Indian journal of veterinary science and animal husbandry - Volume 13,
Year: 1943
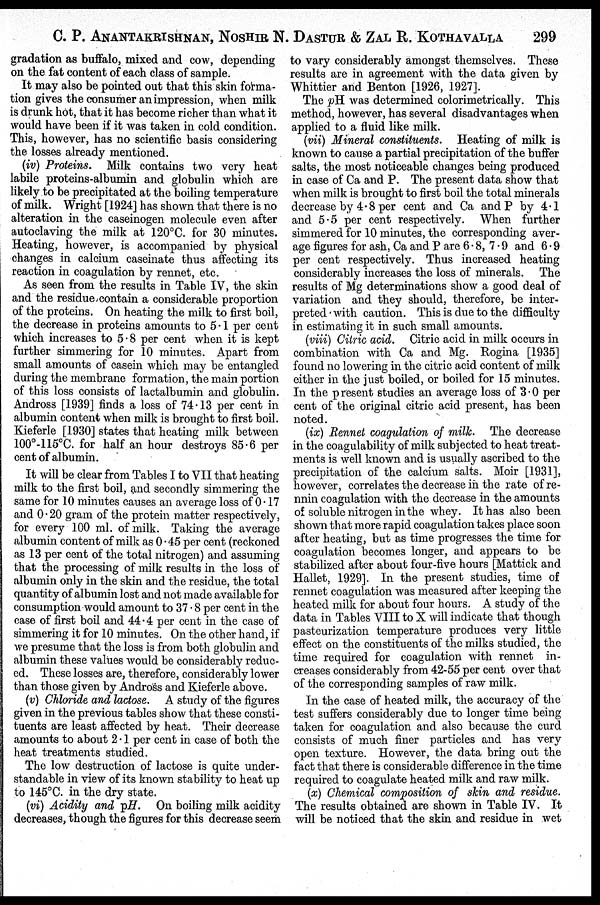
C. P. ANANTAKRISHNAN, NOSHIR N. DASTUR & ZAL R. KOTHAV
gradation as buffalo, mixed and cow, depending
on the fat content of each class of sample.
It may also be pointed out that this skin forma-
tion gives the consumer an impression, when milk
is drunk hot, that it has become richer than what it
would have been if it was taken in cold condition.
This, however, has no scientific basis considering
the losses already mentioned.
(iv) Proteins. Milk contains two very heat
labile proteins-albumin and globulin which are
likely to be precipitated at the boiling temperature
of milk. Wright [1924] has shown that there is no
alteration in the caseinogen molecule even after
autoclaving the milk at 120°C. for 30 minutes.
Heating, however, is accompanied by physical
changes in calcium caseinate thus affecting its
reaction in coagulation by rennet, etc.
As seen from the results in Table IV, the skin
and the residue contain a considerable proportion
of the proteins. On heating the milk to first boil,
the decrease in proteins amounts to 5.1 per cent
which increases to 5.8 per cent when it is kept
further simmering for 10 minutes. Apart from
small amounts of casein which may be entangled
during the membrane formation, the main portion
of this loss consists of lactalbumin and globulin.
Andross [1939] finds a loss of 74.13 per cent in
albumin content when milk is brought to first boil.
Kieferle [1930] states that heating milk between
100°-115°C. for half an hour destroys 85.6 per
cent of albumin.
It will be clear from Tables I to VII that heating
milk to the first boil, and secondly simmering the
same for 10 minutes causes an average loss of 0.17
and 0.20 gram of the protein matter respectively,
for every 100 ml. of milk. Taking the average
albumin content of milk as 0.45 per cent (reckoned
as 13 per cent of the total nitrogen) and assuming
that the processing of milk results in the loss of
albumin only in the skin and the residue, the total
quantity of albumin lost and not made available for
consumption would amount to 37.8 per cent in the
case of first boil and 44.4 per cent in the case of
simmering it for 10 minutes. On the other hand, if
we presume that the loss is from both globulin and
albumin these values would be considerably reduc-
ed. These losses are, therefore, considerably lower
than those given by Andross and Kieferle above.
(v) Chloride and lactose. A study of the figures
given in the previous tables show that these consti-
tuents are least affected by heat. Their decrease
amounts to about 2.1 per cent in case of both the
heat treatments studied.
The low destruction of lactose is quite under-
standable in view of its known stability to heat up
to 145°C. in the dry state.
(vi) Acidity and pH. On boiling milk acidity
decreases, though the figures for this decrease seem
to vary considerably amongst themselves. These
results are in agreement with the data given by
Whittier and Benton [1926, 1927].
The pH was determined colorimetrically. This
method, however, has several disadvantages when
applied to a fluid like milk.
(vii) Mineral constituents. Heating of milk is
known to cause a partial precipitation of the buffer
salts, the most noticeable changes being produced
in case of Ca and P. The present data show that
when milk is brought to first boil the total minerals
decrease by 4.8 per cent and Ca and P by 4.1
and 5.5 per cent respectively. When further
simmered for 10 minutes, the corresponding aver-
age figures for ash, Ca and P are 6.8, 7.9 and 6.9
per cent respectively. Thus increased heating
considerably increases the loss of minerals. The
results of Mg determinations show a good deal of
variation and they should, therefore, be inter-
preted with caution. This is due to the difficulty
in estimating it in such small amounts.
(viii) Citric acid. Citric acid in milk occurs in
combination with Ca and Mg. Rogina [1935]
found no lowering in the citric acid content of milk
either in the just boiled, or boiled for 15 minutes.
In the present studies an average loss of 3.0 per
cent of the original citric acid present, has been
noted.
(ix) Rennet coagulation of milk. The decrease
in the coagulability of milk subjected to heat treat-
ments is well known and is usually ascribed to the
precipitation of the calcium salts. Moir [1931],
however, correlates the decrease in the rate of re-
nnin coagulation with the decrease in the amounts
of soluble nitrogen in the whey. It has also been
shown that more rapid coagulation takes place soon
after heating, but as time progresses the time for
coagulation becomes longer, and appears to be
stabilized after about four-five hours [Mattick and
Hallet, 1929]. In the present studies, time of
rennet coagulation was measured after keeping the
heated milk for about four hours. A study of the
data in Tables VIII to X will indicate that though
pasteurization temperature produces very little
effect on the constituents of the milks studied, the
time required for coagulation with rennet in-
creases considerably from 42-55 per cent over that
of the corresponding samples of raw milk.
In the case of heated milk, the accuracy of the
test suffers considerably due to longer time being
taken for coagulation and also because the curd
consists of much finer particles and has very
open texture. However, the data bring out the
fact that there is considerable difference in the time
required to coagulate heated milk and raw milk.
(x) Chemical composition of skin and residue.
The results obtained are shown in Table IV. It
will be noticed that the skin and residue in wet